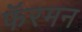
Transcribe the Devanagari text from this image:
फॅरमन